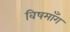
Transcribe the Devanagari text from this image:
विषमाँग